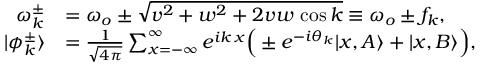
\begin{array} { r l } { \omega _ { k } ^ { \pm } } & { = \omega _ { o } \pm \sqrt { v ^ { 2 } + w ^ { 2 } + 2 v w \, \cos { k } } \equiv \omega _ { o } \pm f _ { k } , } \\ { | \phi _ { k } ^ { \pm } \rangle } & { = \frac { 1 } { \sqrt { 4 \pi } } \sum _ { x = - \infty } ^ { \infty } e ^ { i k \, x } \Big ( \pm e ^ { - i \theta _ { k } } | x , A \rangle + | x , B \rangle \Big ) , } \end{array}